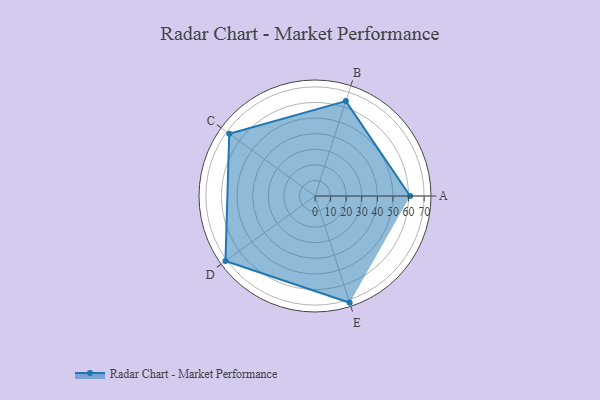
{"axis": {"x": "Skill", "y": "Score"}, "legend": ["Profile"], "data": [{"x": "A", "y": 61.0, "type": "Profile"}, {"x": "B", "y": 64.0, "type": "Profile"}, {"x": "C", "y": 68.0, "type": "Profile"}, {"x": "D", "y": 71.0, "type": "Profile"}, {"x": "E", "y": 72.0, "type": "Profile"}]}